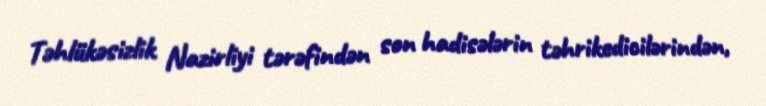
Təhlükəsizlik Nazirliyi tərəfindən son hadisələrin təhrikedicilərindən,